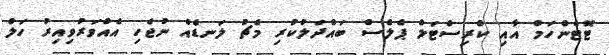
ޓޮޓެންހަމް އާއި ކްރިސްޓަލް ޕެލެސް ބައްދަލުކުރި މެޗު ލަނޑެއް ނުޖެހި އެއްވަރުވިއިރު ހަލް